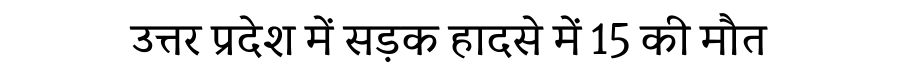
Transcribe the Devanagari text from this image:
उत्तर प्रदेश में सड़क हादसे में 15 की मौत